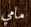
مامي